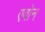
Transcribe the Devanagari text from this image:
एवोन